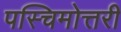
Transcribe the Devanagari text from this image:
पस्चिमोत्तरी